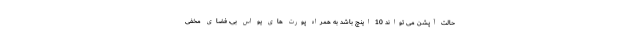
حالت آپشن می تواند 10 اینچ باشد به همراه پورت های یو اس بی، فضای مخفی